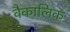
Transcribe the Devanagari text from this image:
वैकालिक